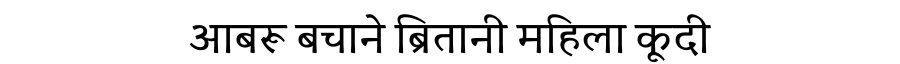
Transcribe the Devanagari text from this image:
आबरू बचाने ब्रितानी महिला कूदी